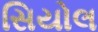
સિયોલ